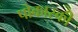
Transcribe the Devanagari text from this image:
पोकास्की